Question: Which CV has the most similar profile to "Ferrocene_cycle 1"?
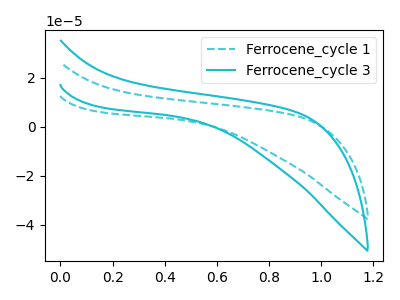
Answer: <think>The cyan dashed curve "Ferrocene_cycle 1" has no peaks. The cyan curve "Ferrocene_cycle 3" has no peaks.
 Neither "Ferrocene_cycle 1" or "Ferrocene_cycle 3" have any peaks.</think>
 <answer>The CV with the most similar shape to "Ferrocene_cycle 3" is "Ferrocene_cycle 1".</answer>
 <eval>"Ferrocene_cycle 1"</eval>